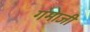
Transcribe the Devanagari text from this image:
गमाजी